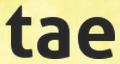
tae